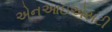
એનઆઇએસટી